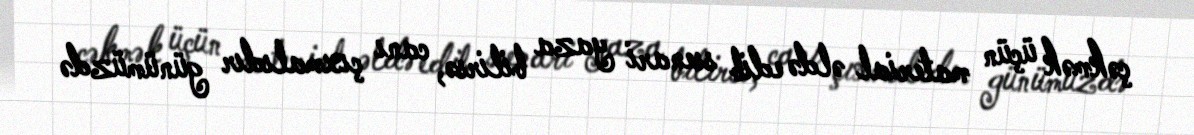
çəkmək üçün material əldə edib ssenari yaza bilirsə, canı çıxmalıdır günümüzdə